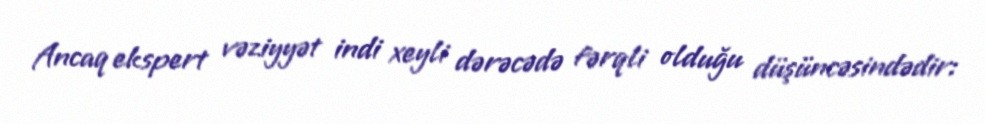
Ancaq ekspert vəziyyət indi xeyli dərəcədə fərqli olduğu düşüncəsindədir: